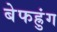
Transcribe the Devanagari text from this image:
बेफह्रुंग